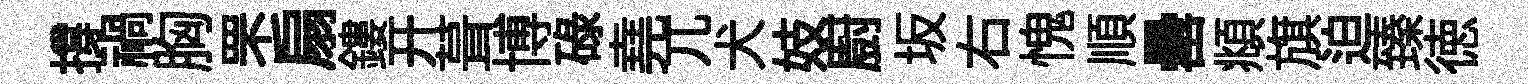
撐禍胸罘扇鏤开葺博碌堯兀犬妓廚坂右愧順罍頫旗迫臻徳